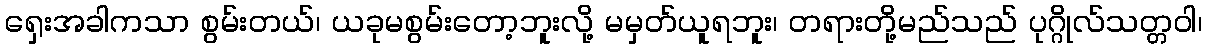
ရှေးအခါကသာ စွမ်းတယ်၊ ယခုမစွမ်းတော့ဘူးလို့ မမှတ်ယူရဘူး၊ တရားတို့မည်သည် ပုဂ္ဂိုလ်သတ္တဝါ၊